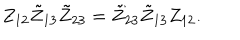
LaTeX: Z _ { 1 2 } \tilde { Z } _ { 1 3 } \tilde { Z } _ { 2 3 } = \tilde { Z } _ { 2 3 } \tilde { Z } _ { 1 3 } Z _ { 1 2 } .